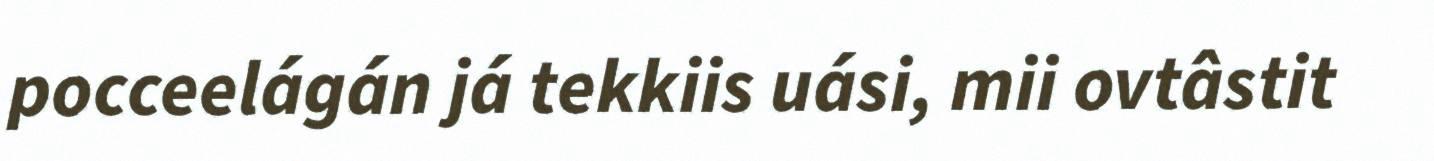
pocceelágán já tekkiis uási, mii ovtâstit